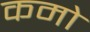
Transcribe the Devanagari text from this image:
कमो